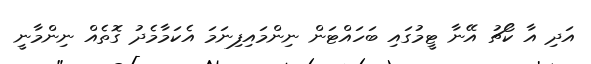
އަދި އާ ކޯޗު އޭނާ ޓީމުގައި ބަހައްޓަން ނިންމައިފިނަމަ އެކަމާމެދު ގޮތެއް ނިންމާނީ